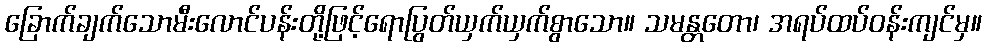
ခြောက်ချက်သောမီးလောင်ပန်းတို့ဖြင့်ရောပြွတ်ယှက်ယှက်စွာသော။ သမန္တတော၊ အရပ်ထပ်ဝန်းကျင်မှ။